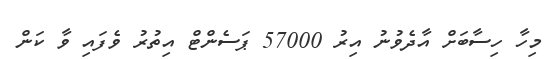
މިހާ ހިސާބަށް އާދެވުނު އިރު 57000 ޕަސެންޓް އިތުރު ވެފައި ވާ ކަން